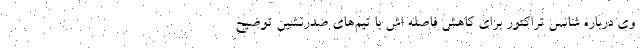
وی درباره شانس تراکتور برای کاهش فاصله اش با تیم‌های صدرنشین توضیح